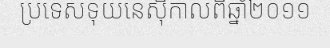
ប្រទេសទុយនេស៊ីកាលពីឆ្នាំ២០១១